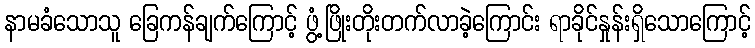
နာမခံသောသူ ခြေကန်ချက်ကြောင့် ဖွံ့ဖြိုးတိုးတက်လာခဲ့ကြောင်း ရာခိုင်နှုန်းရှိသောကြောင့်